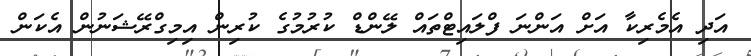
އަދި އެމެރިކާ އަށް އަންނަ ފްލައިޓްތައް ލޭންޑް ކުރުމުގެ ކުރިން އިމިގްރޭޝަނުން އެކަން